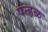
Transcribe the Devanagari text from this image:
पन्हळ